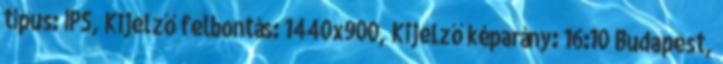
típus: IPS, Kijelző felbontás: 1440x900, Kijelző képarány: 16:10 Budapest,